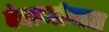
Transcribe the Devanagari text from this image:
देवार्नामस